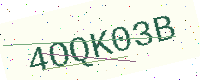
Text: 4OQK03B